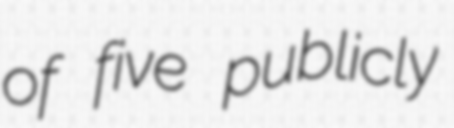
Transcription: of five publicly